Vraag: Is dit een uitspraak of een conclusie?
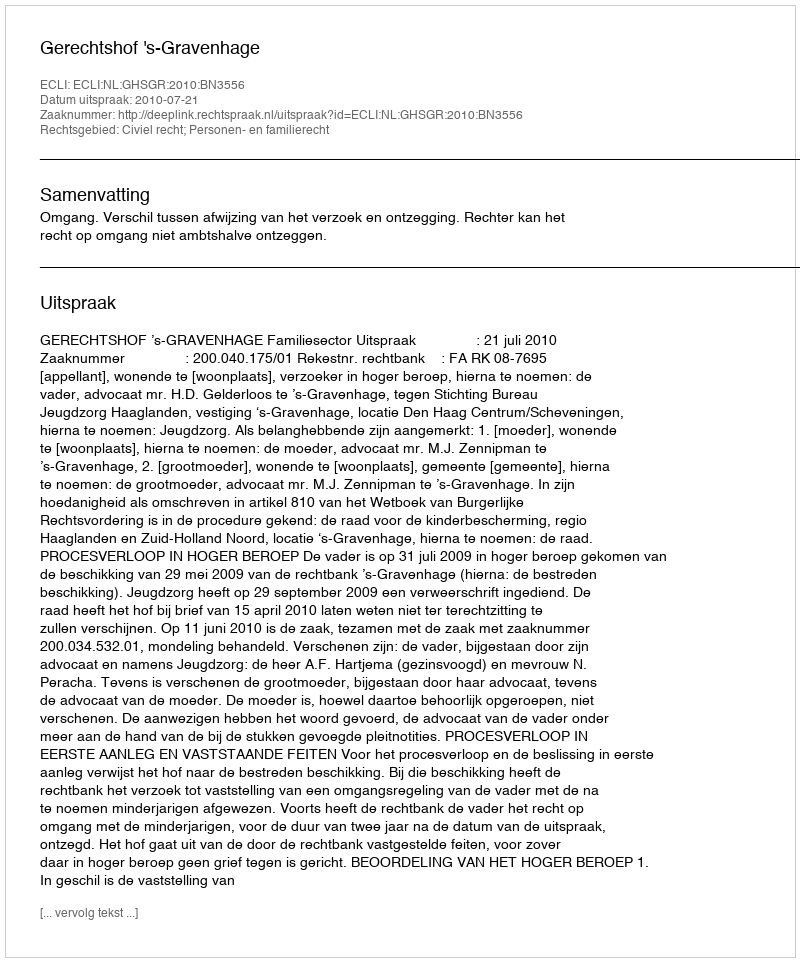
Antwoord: Uitspraak